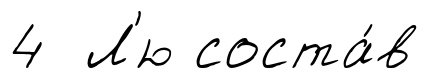
4 Л'ю соста́в